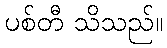
ပစ်တီ သိသည်။